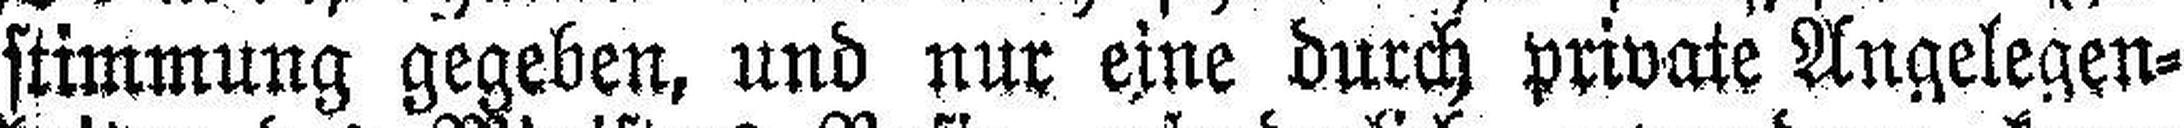
stimmung gegeben, und nur eine durch private Angelegen¬